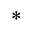
^ *